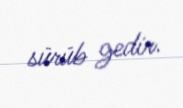
sürüb gedir.